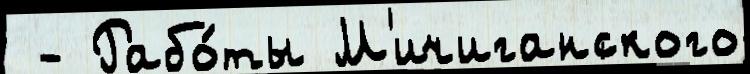
 - Рабо́ты М'ичиганского